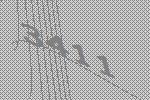
3411